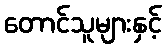
တောင်သူများနှင့်